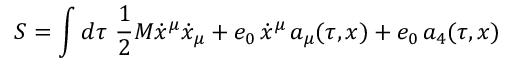
S = \int d \tau \ \frac 1 2 M \dot { x } ^ { \mu } \dot { x } _ { \mu } + e _ { 0 } \, \dot { x } ^ { \mu } \, a _ { \mu } ( \tau , x ) + e _ { 0 } \, a _ { 4 } ( \tau , x )